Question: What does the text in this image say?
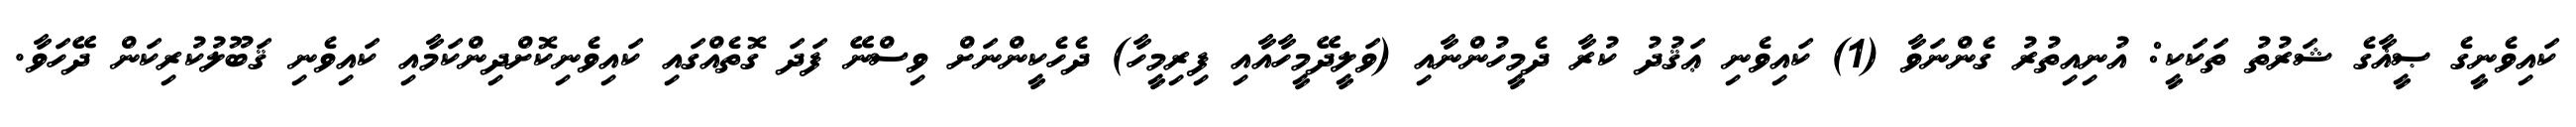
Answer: ކައިވެނީގެ ޞީޣާގެ ޝަރުތު ތަކަކީ: އުނިއިތުރު ގެންނަވާ (1) ކައިވެނި ޢަޤުދު ކުރާ ދެމީހުންނާއި (ވަލީދޭމީހާއާއި ފިރިމީހާ) ދެހެކީންނަށް ވިސްނޭ ފަދަ ގޮތެއްގައި ކައިވެނިކޮށްދިންކަމާއި ކައިވެނި ޤަބޫލުކުރިކަން ދޭހަވާ.